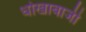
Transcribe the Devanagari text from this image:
धोखाबाजी